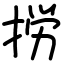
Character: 𢭐